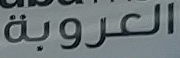
العروبة